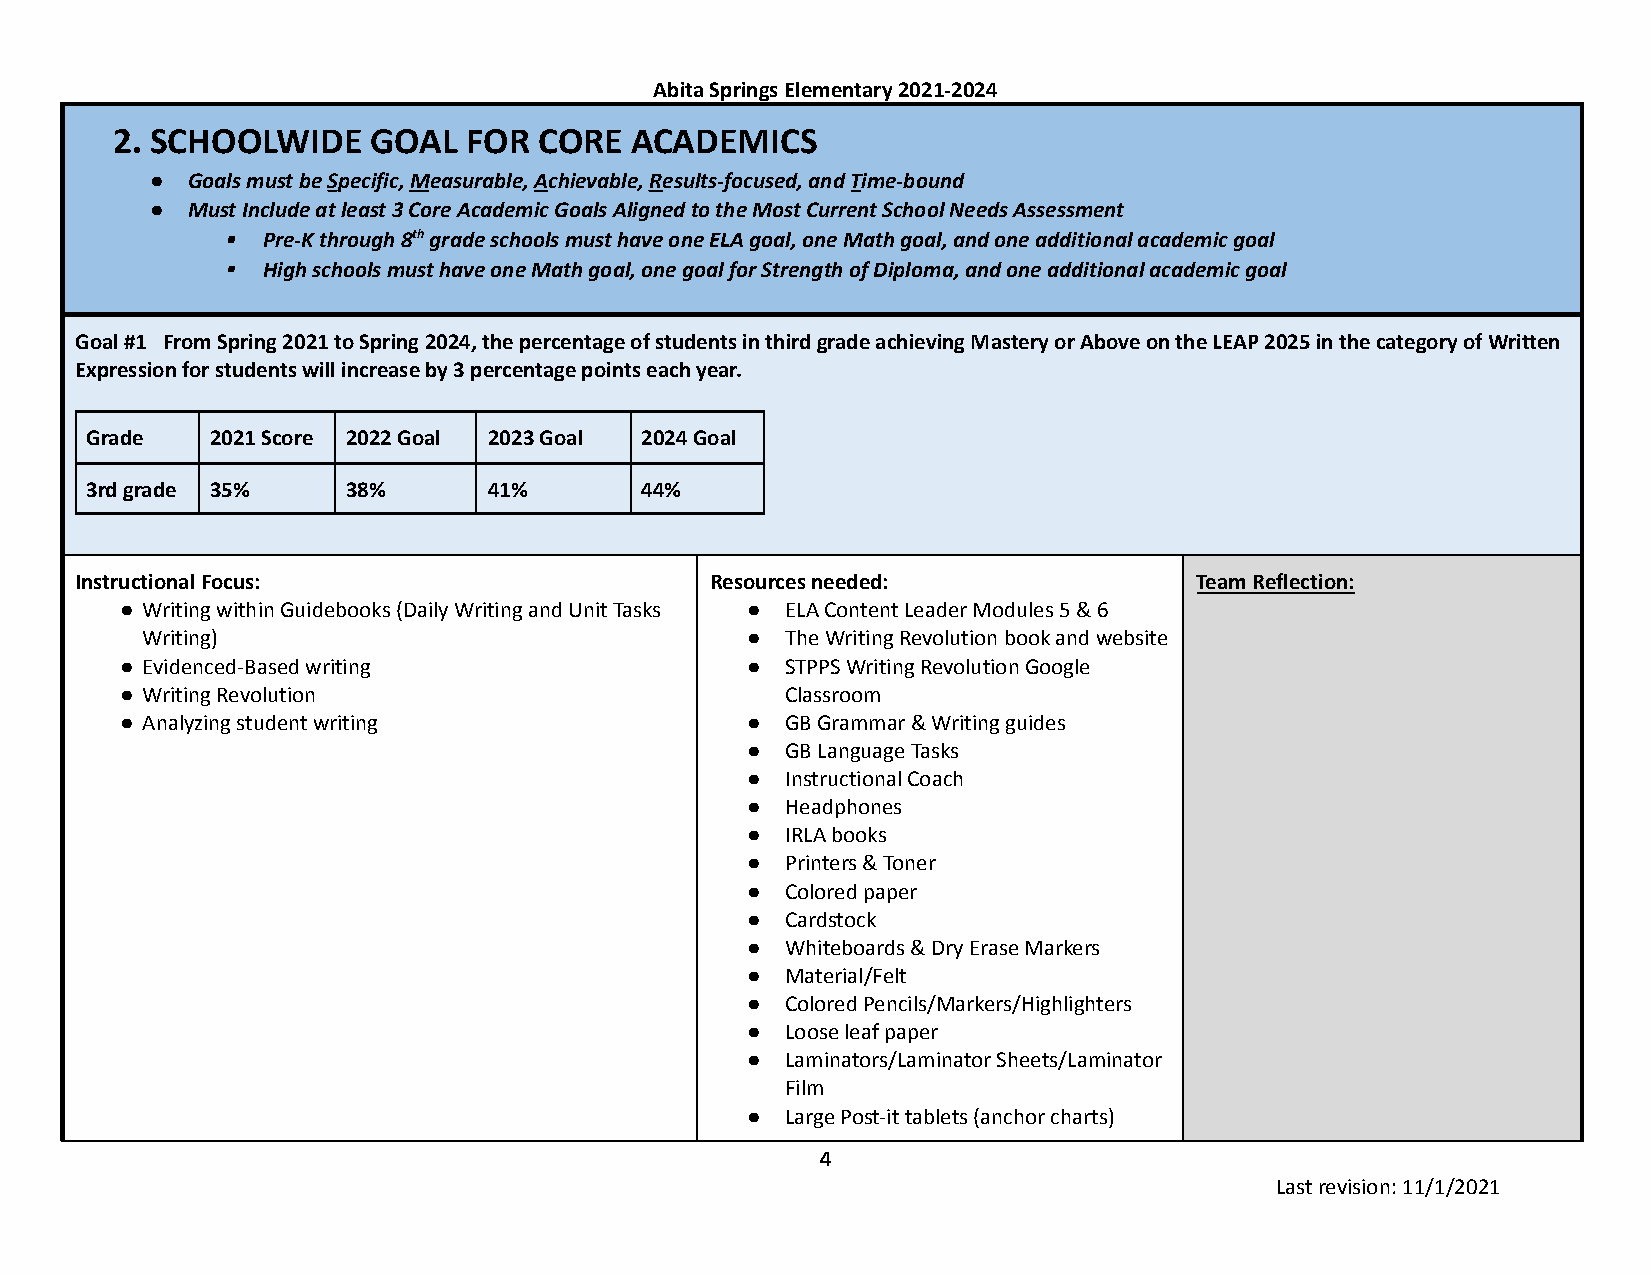
Abita Springs Elementary 2021-2024
 2. SCHOOLWIDE     GOAL  FOR  CORE  ACADEMICS
 ● Goals must beSpecific,Measurable,Achievable,Results-focused,andTime-bound
 ● Must Include at least 3 Core Academic Goals Aligned to the Most Current School Needs Assessment
 ▪ Pre-K through 8thgrade schools must have one ELAgoal, one Math goal, and one additional academic goal
 ▪ High schools must have one Math goal, one goal for Strength of Diploma, and one additional academic goal
 Goal #1 From Spring 2021 to Spring 2024, the percentage of students in third grade achieving Mastery or Above on the LEAP 2025 in the category of Written
 Expression for students will increase by 3 percentage points each year.
 Grade   2021 Score 2022 Goal 2023 Goal 2024 Goal
 3rd grade 35%    38%      41%       44%
 Instructional Focus:                      Resources needed:               Team Reflection:
 ● Writing within Guidebooks (Daily Writing and Unit Tasks ● ELA Content Leader Modules 5 & 6
 Writing)                                ●  The Writing Revolution book and website
 ● Evidenced-Based writing                ●  STPPS Writing Revolution Google
 ● Writing Revolution                        Classroom
 ● Analyzing student writing              ●  GB Grammar & Writing guides
 ●  GB Language Tasks
 ●  Instructional Coach
 ●  Headphones
 ●  IRLA books
 ●  Printers & Toner
 ●  Colored paper
 ●  Cardstock
 ●  Whiteboards & Dry Erase Markers
 ●  Material/Felt
 ●  Colored Pencils/Markers/Highlighters
 ●  Loose leaf paper
 ●  Laminators/Laminator Sheets/Laminator
 Film
 ●  Large Post-it tablets (anchor charts)
 4
 Last revision: 11/1/2021